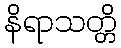
နိရာသတ္တိ